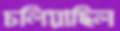
চলিয়াছিল